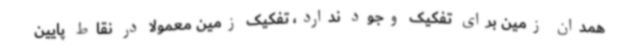
همدان زمین برای تفکیک وجود ندارد، تفکیک زمین معمولاً در نقاط پایین